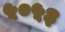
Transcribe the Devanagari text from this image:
५०५३